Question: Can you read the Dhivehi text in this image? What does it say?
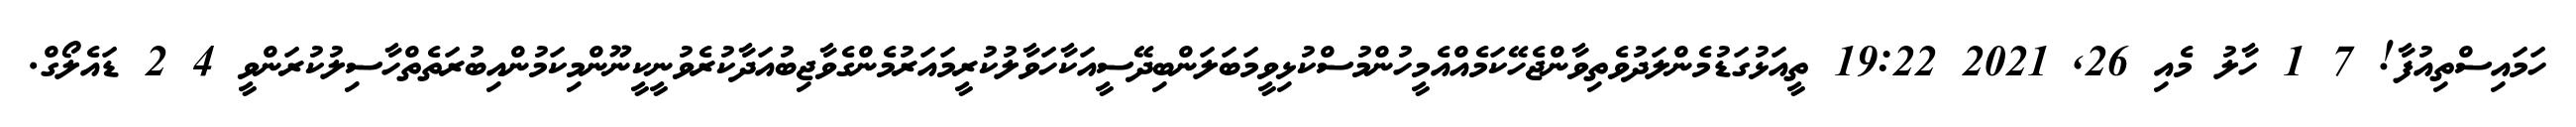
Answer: ހަމައިސްތިއުފާ! 7 1 ހާލު މެއި 26, 2021 19:22 ތީއަޅުގަޑުމެންލަދުވެތިވާންޖެހޭކަމެއްއެމީހުންމުސްކުޅިވީމަބަލަންބިދޭސީއަކާހަވާލުކުރީމައަރުމެންގެވާޖިބުއަދާކުރެވުނީކީނޫންމިކަމުންއިބުރަތެތްހާސިލުކުރަންވީ 4 2 ޑައެލޯގް.